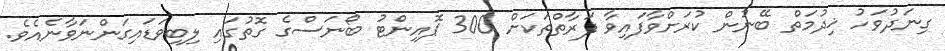
ގިނަދުވަހު ޚިދުމަތް ބޭނުން ކުރަށްވާފައިވާ ފަރާތްތަކަށް 300 ޕޮއިންޓު ބޯނަސްގެ ގޮތުގައި ލިބިވަޑައިގަންނަވާނެއެވެ.